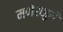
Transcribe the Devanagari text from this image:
मणेराजुरी